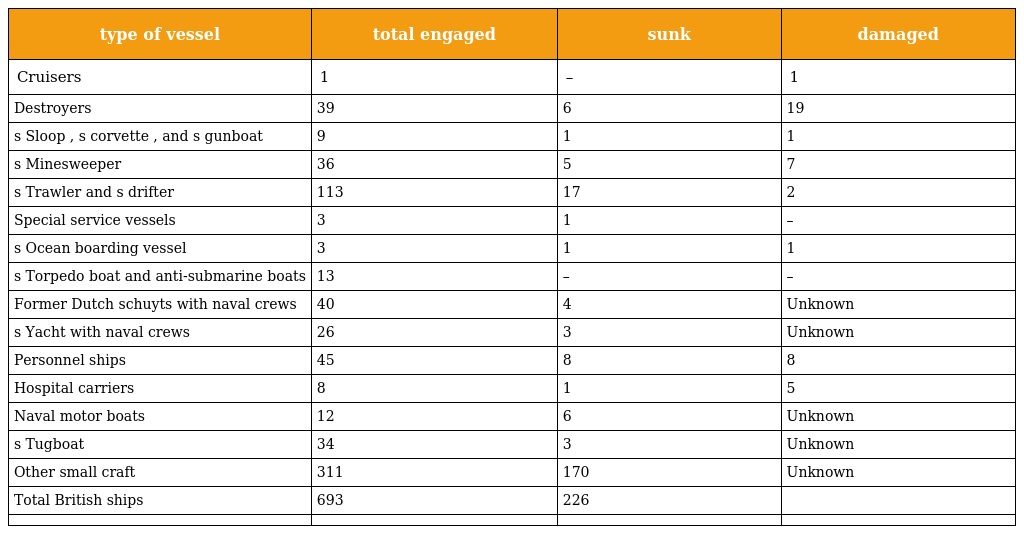
| type of vessel | total engaged | sunk | damaged |
 | --- | --- | --- | --- |
 | Cruisers | 1 | – | 1 |
 | Destroyers | 39 | 6 | 19 |
 | s Sloop , s corvette , and s gunboat | 9 | 1 | 1 |
 | s Minesweeper | 36 | 5 | 7 |
 | s Trawler and s drifter | 113 | 17 | 2 |
 | Special service vessels | 3 | 1 | – |
 | s Ocean boarding vessel | 3 | 1 | 1 |
 | s Torpedo boat and anti-submarine boats | 13 | – | – |
 | Former Dutch schuyts with naval crews | 40 | 4 | Unknown |
 | s Yacht with naval crews | 26 | 3 | Unknown |
 | Personnel ships | 45 | 8 | 8 |
 | Hospital carriers | 8 | 1 | 5 |
 | Naval motor boats | 12 | 6 | Unknown |
 | s Tugboat | 34 | 3 | Unknown |
 | Other small craft | 311 | 170 | Unknown |
 | Total British ships | 693 | 226 |  |
 |  |  |  |  |